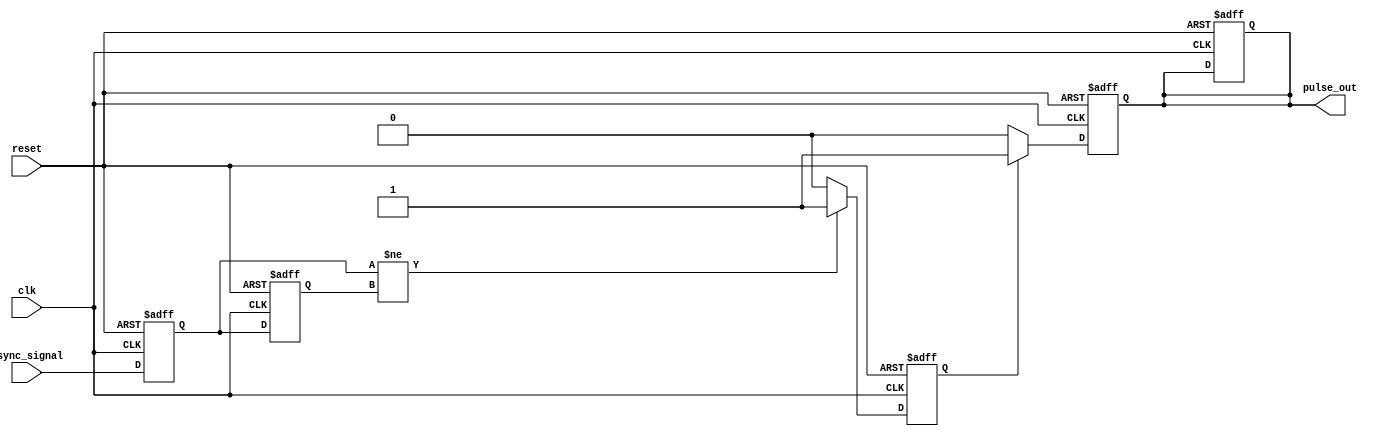
module metastability_detector (
    input wire clk,                // Local clock
    input wire async_signal,       // Asynchronous input signal
    input wire reset,              // Reset signal
    output reg pulse_out           // Output pulse signal
);

    // Internal signals
    reg ff1_out;                  // Output of the first flip-flop
    reg ff2_out;                  // Output of the second flip-flop
    reg pulse_gen;                // Pulse generation signal

    // Flip-flop 1: Sample the asynchronous input signal
    always @(posedge clk or posedge reset) begin
        if (reset) begin
            ff1_out <= 1'b0;
        end else begin
            ff1_out <= async_signal;
        end
    end

    // Flip-flop 2: Sample the output of the first flip-flop
    always @(posedge clk or posedge reset) begin
        if (reset) begin
            ff2_out <= 1'b0;
        end else begin
            ff2_out <= ff1_out;
        end
    end

    // Pulse generation logic
    always @(posedge clk or posedge reset) begin
        if (reset) begin
            pulse_gen <= 1'b0;
            pulse_out <= 1'b0;
        end else begin
            if (ff1_out != ff2_out) begin
                pulse_gen <= 1'b1; // Trigger pulse generation
            end else begin
                pulse_gen <= 1'b0; // No metastability detected
            end
        end
    end

    // Pulse width control (simple example: fixed width pulse)
    always @(posedge clk or posedge reset) begin
        if (reset) begin
            pulse_out <= 1'b0;
        end else if (pulse_gen) begin
            pulse_out <= 1'b1; // Start pulse
        end else begin
            pulse_out <= 1'b0; // End pulse
        end
    end

endmodule